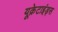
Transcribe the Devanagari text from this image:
यूक्रेटाइंड्स